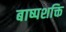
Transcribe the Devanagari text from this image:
बाष्पशक्ति